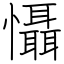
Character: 懾